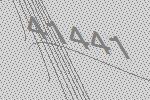
41441